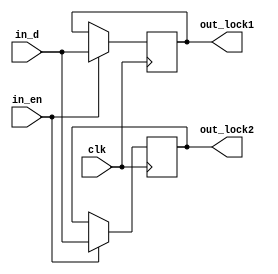
module Block(clk,in_en,in_d,out_lock1,out_lock2);
input clk,in_en,in_d;
output reg out_lock1,out_lock2;

always @(posedge clk)
begin
	if(in_en)
	begin
		out_lock1=in_d;
		out_lock2=out_lock1;
	end
	else
	begin
		out_lock1=out_lock1;
		out_lock2=out_lock2;
	end
end

endmodule